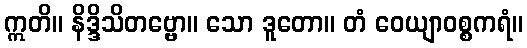
ဣတိ။ နိဒ္ဒိသိတဗ္ဗော။ သော ဒူတော။ တံ ဝေယျာဝစ္စကရံ။